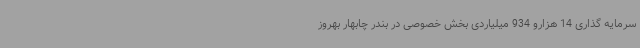
سرمایه گذاری 14 هزارو 934 میلیاردی بخش خصوصی در بندر چابهار بهروز